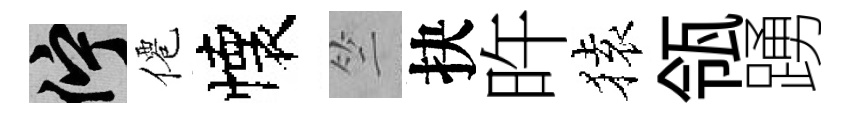
伫僊懐竺抉旿𫞤瓴踴